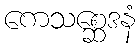
ကေသစ္ဆေဒနံ